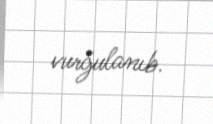
vurğulanıb.